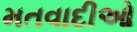
મતવાદીઓ